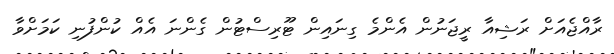
ރާއްޖެއަށް ރަޝިއާ ރީޖަނުން އެންމެ ގިނައިން ޓޫރިސްޓުން ގެންނަ އެއް ކުންފުނި ކަމަށްވާ